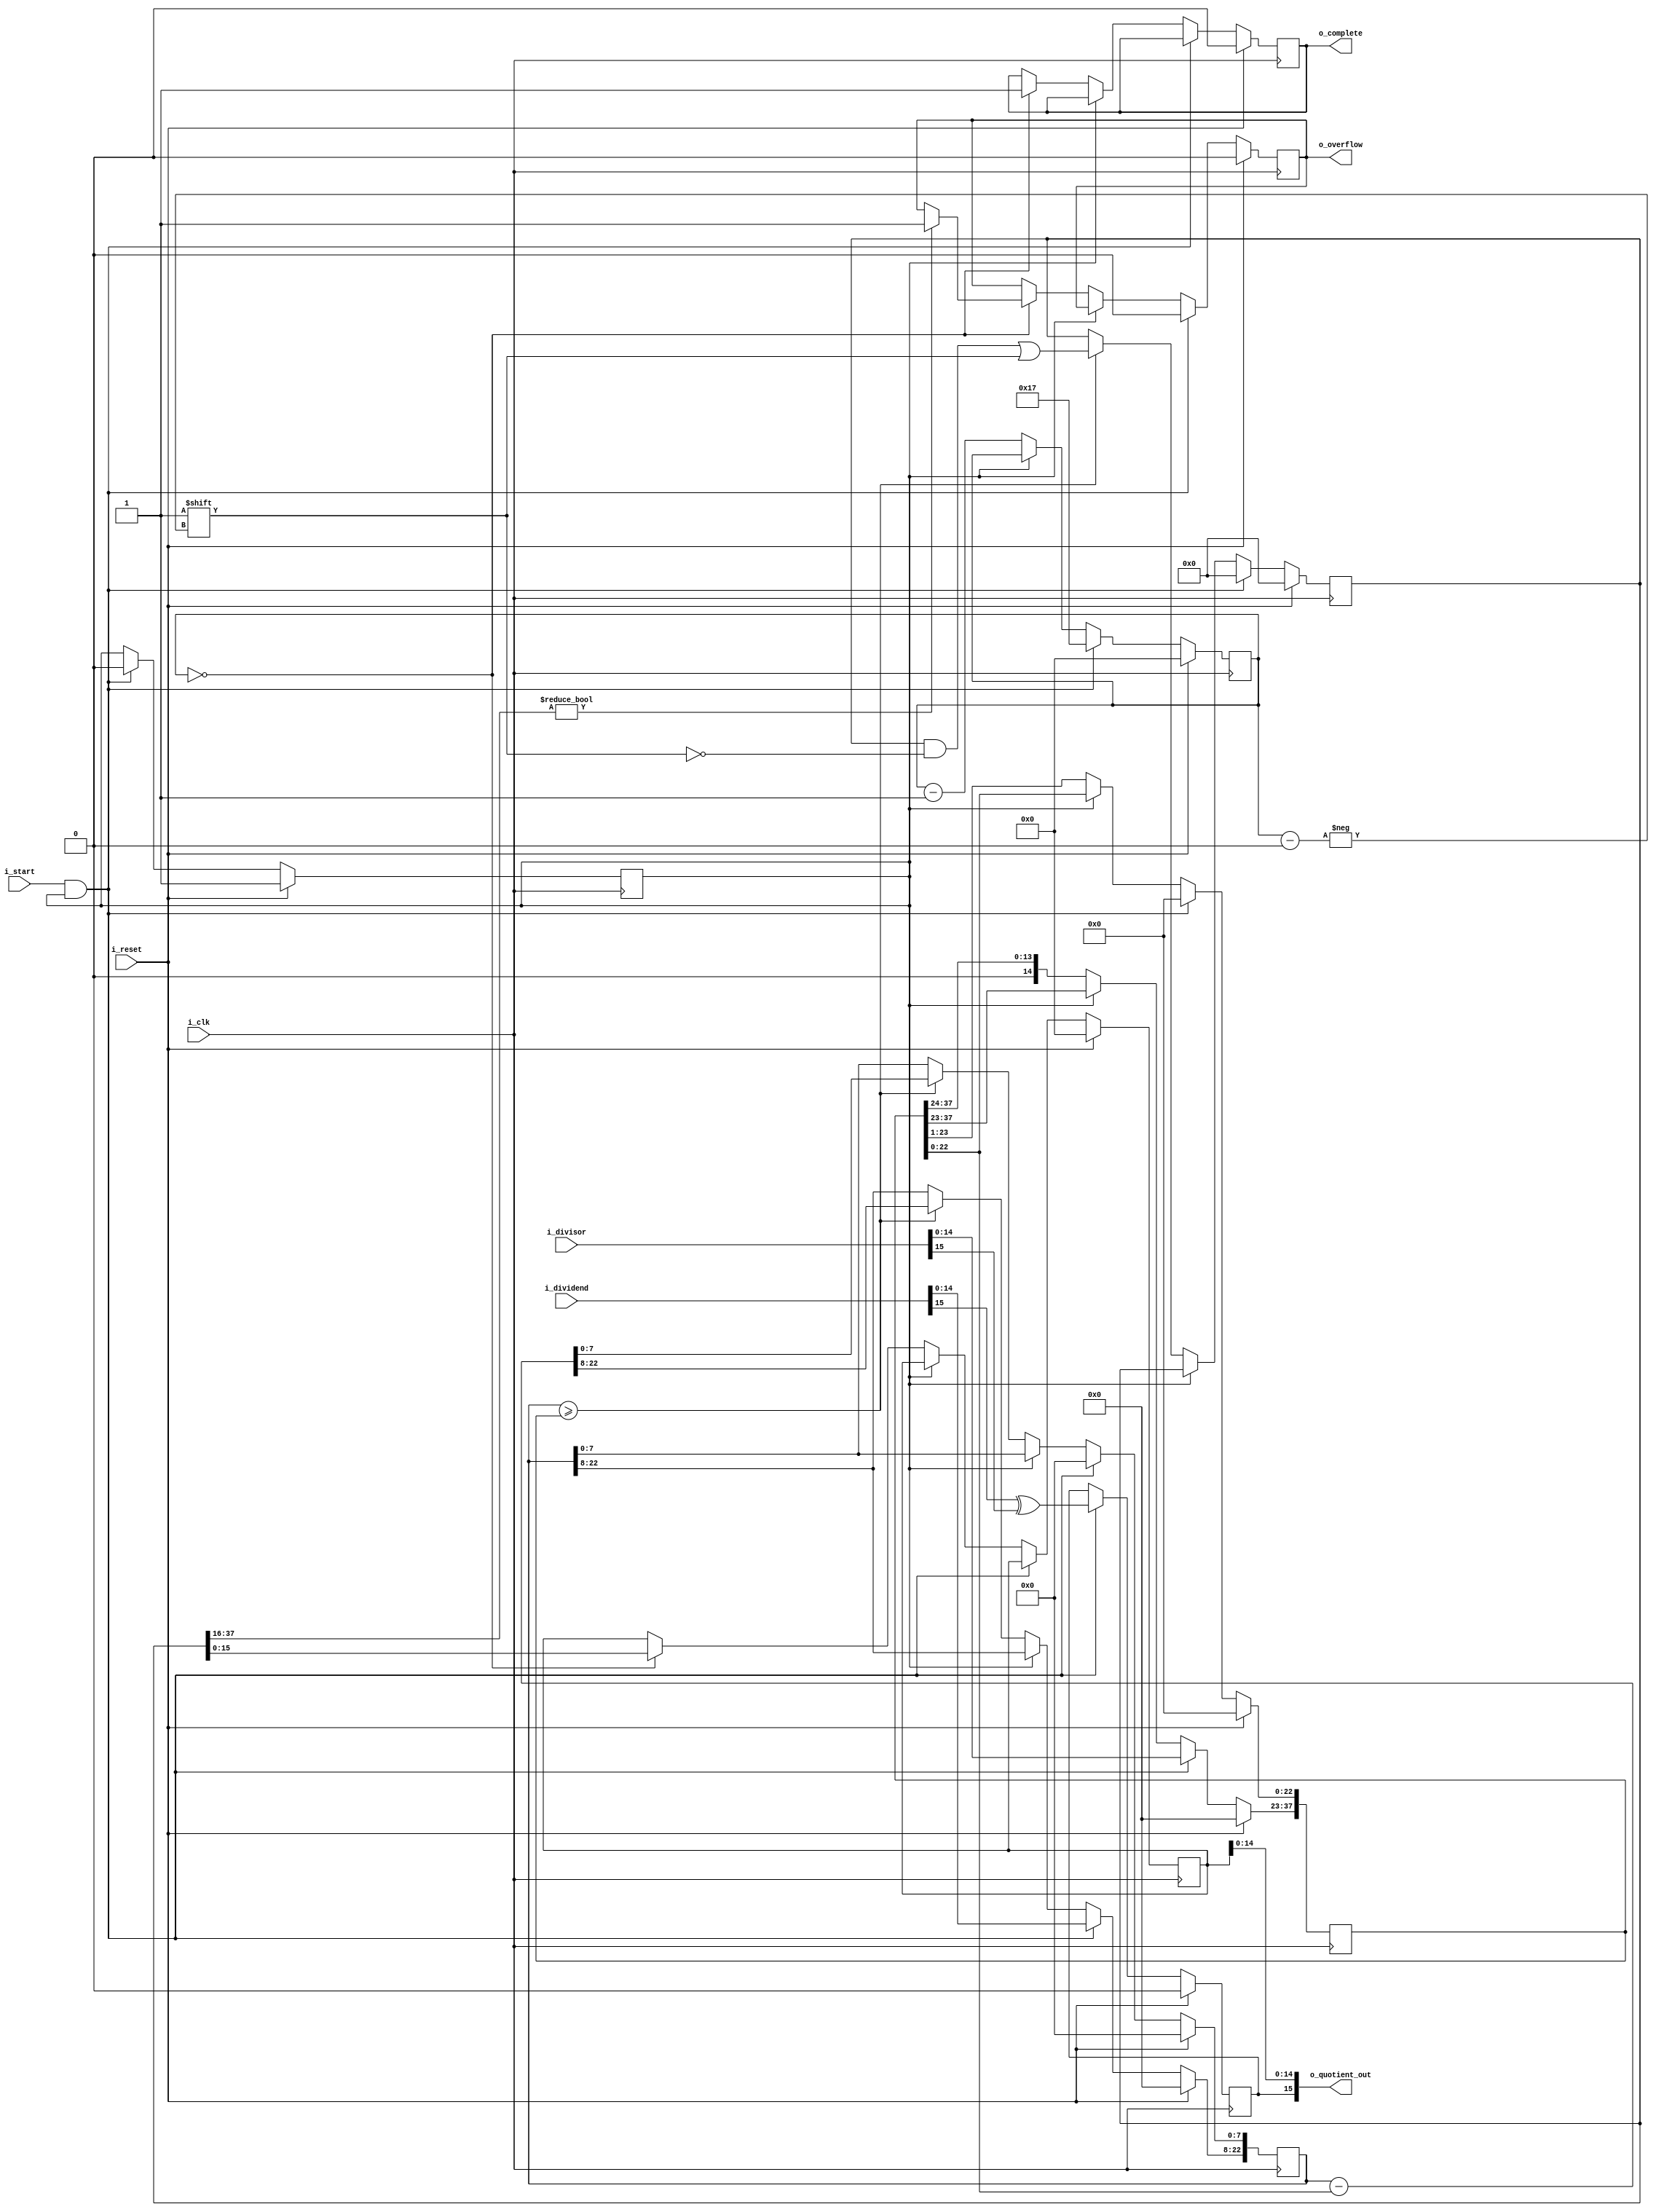
module qdiv #(
    // Parameterized values
    parameter Q = 8,
    parameter N = 16
)
(
    input [N-1:0] i_dividend,
    input [N-1:0] i_divisor,
    input i_start,
    input i_clk,
    input i_reset, // Reset signal
    output [N-1:0] o_quotient_out,
    output o_complete,
    output o_overflow
);

reg [2*N+Q-3:0] reg_working_quotient;
reg [N-1:0] reg_quotient;
reg [N-2+Q:0] reg_working_dividend;
reg [2*N+Q-3:0] reg_working_divisor;
reg [N-1:0] reg_count;

reg reg_done;
reg reg_start;
reg reg_sign;
reg reg_overflow;

assign o_quotient_out[N-2:0] = reg_quotient[N-2:0];
assign o_quotient_out[N-1] = reg_sign;
assign o_complete = reg_done;
//assign o_complete = reg_done==1? reg_done: o_complete;
assign o_overflow = reg_overflow;

always @(posedge i_clk) begin
    if (i_reset) begin
        // Initialize registers on reset
        reg_done <= 1'b0;
        reg_start <= 1'b1;
        reg_overflow <= 1'b0;
        reg_sign <= 1'b0;
        reg_working_quotient <= 0;
        reg_quotient <= 0;
        reg_working_dividend <= 0;
        reg_working_divisor <= 0;
        reg_count <= 0;
    end else begin
        if (i_start && reg_start) begin
            //reg_done <= 1'b0;
	    reg_start <= 1'b0;
            reg_count <= N+Q-1;
            reg_working_quotient <= 0;
            reg_working_dividend <= 0; // Shift left by 1 to align with divisor size
            reg_working_divisor <= 0;   // Shift left by 1 to align with dividend size
            reg_overflow<=1'b0;										

			  reg_working_dividend[N+Q-2:Q] <=  i_dividend[N-2:0];				
			  reg_working_divisor[2*N+Q-3:N+Q-1] <= i_divisor[N-2:0];	
            reg_sign <= i_dividend[N-1] ^ i_divisor[N-1];
        end 
        else if (~reg_start) begin
            reg_working_divisor <= reg_working_divisor >> 1;
            reg_count <= reg_count - 1;
            //reg_start<=1'b1;
            // If the dividend is greater than the divisor
            if (reg_working_dividend >= reg_working_divisor) begin
                reg_working_quotient[reg_count] <= 1'b1;
                reg_working_dividend <= reg_working_dividend - reg_working_divisor;
            end

            // Stop condition
            if (reg_count == 0) begin
                reg_done <= 1'b1;
                reg_quotient <= reg_working_quotient;
                if (reg_working_quotient[2*N+Q-3:N] != 0)
                    reg_overflow <= 1'b1;
            end else begin
				
        
		  reg_count <= reg_count - 1;	
     end
     end
    //else begin
   // reg_done <= reg_done;
   // reg_start <= reg_start;
  //  reg_overflow <= reg_overflow;
  //  reg_sign<= reg_sign;
  //  reg_working_quotient <= reg_working_quotient;
  //  reg_quotient <= reg_quotient;
  //  reg_working_dividend<= reg_working_dividend;
  //  reg_working_divisor<=reg_working_divisor;
  //  reg_count<=reg_count;
		  
    end
end

endmodule


//module qdiv #(
//	//Parameterized values
//	parameter Q = 8,
//	parameter N = 16
//	)
//	(
//	input 	[N-1:0] i_dividend,
//	input 	[N-1:0] i_divisor,
//	input 	i_start,
//	input 	i_clk,
//	output 	[N-1:0] o_quotient_out,
//	output 	o_complete,
//	output	o_overflow
//	);
// 
//	reg [2*N+Q-3:0]	reg_working_quotient;	
//	reg [N-1:0] 		reg_quotient;				
//	reg [N-2+Q:0] 		reg_working_dividend;	
//	reg [2*N+Q-3:0]	reg_working_divisor;		
// 
//	reg [N-1:0] 			reg_count; 		
//													
//										 
//	reg					reg_done;			
//	reg					reg_sign;			
//	reg					reg_overflow;		
// 
//	initial reg_done = 1'b1;				
//	initial reg_overflow = 1'b0;			
//	initial reg_sign = 1'b0;				
//
//	initial reg_working_quotient = 0;	
//	initial reg_quotient = 0;				
//	initial reg_working_dividend = 0;	
//	initial reg_working_divisor = 0;		
// 	initial reg_count = 0; 		
//
// 
//	assign o_quotient_out[N-2:0] = reg_quotient[N-2:0];	
//	assign o_quotient_out[N-1] = reg_sign;						
//	assign o_complete = reg_done;
//	assign o_overflow = reg_overflow;
// 
//	always @( posedge i_clk ) begin
//		if( reg_done && i_start ) begin										
//			
//			reg_done <= 1'b0;														
//			reg_count <= N+Q-1;											
//			reg_working_quotient <= 0;									
//			reg_working_dividend <= 0;									
//			reg_working_divisor <= 0;									
//			reg_overflow <= 1'b0;										
//
//			reg_working_dividend[N+Q-2:Q] <=  i_dividend[N-2:0];				
//			reg_working_divisor[2*N+Q-3:N+Q-1] <= i_divisor[N-2:0];	
//		//{{Q{1'b0}}	
//
//			reg_sign <= i_dividend[N-1] ^ i_divisor[N-1];		
//			end 
//		else if(!reg_done) begin
//			reg_working_divisor <= reg_working_divisor >> 1;	
//			reg_count <= reg_count - 1;								
//
//			//	If the dividend is greater than the divisor
//			if(reg_working_dividend >= reg_working_divisor) begin
//				reg_working_quotient[reg_count] <= 1'b1;										
//				reg_working_dividend <= reg_working_dividend - reg_working_divisor;	
//				end
// 
//			//stop condition
//			if(reg_count == 0) begin
//				reg_done <= 1'b1;										
//				reg_quotient <= reg_working_quotient;			
//				if (reg_working_quotient[2*N+Q-3:N]>0)
//					reg_overflow <= 1'b1;
//					end
//			else
//				reg_count <= reg_count - 1;	
//			end
//		end
//endmodule


//module Test_Div;
//
//// Inputs
//reg [15:0] i_dividend;
//reg [15:0] i_divisor;
//reg i_start;
//reg i_clk;
//reg i_reset;
//
//// Outputs
//wire [15:0] o_quotient_out;
//wire o_complete;
//wire o_overflow;
//
//// Instantiate the Unit Under Test (UUT)
//qdiv #(
//    .Q(8),
//    .N(16)
//) uut (
//    .i_dividend(i_dividend),
//    .i_divisor(i_divisor),
//    .i_start(i_start),
//    .i_clk(i_clk),
//    .o_quotient_out(o_quotient_out),
//    .o_complete(o_complete),
//    .o_overflow(o_overflow), .i_reset(i_reset)
//);
//
//// Clock generation
//always #5 i_clk = ~i_clk;
//
//// Monitor the output
//always @(posedge o_complete) begin
//    // Display the result when the division operation is complete
//    $display("%b / %b = %b, Overflow: %b", i_dividend, i_divisor, o_quotient_out, o_overflow);
//end
//
//// Initial block to set inputs and trigger division
//initial begin
//    // Initialize Inputs
//    i_dividend = 1; // Set dividend to 2
//    i_divisor = 4; // Set divisor to 6
//    i_start = 0;
//    i_clk = 0;
//    i_reset=1;
//    // Wait 100 ns for global reset to finish
//    #100;
//
//    // Trigger the division operation
//    i_start = 1;
//    i_reset = 0;
//    // Simulate for sufficient time
//    #1000;
//
//    // Finish simulation
//    $finish;
//end
//
//endmodule

//module Test_Div;
//
//	// Inputs
//	reg [31:0] i_dividend;
//	reg [31:0] i_divisor;
//	reg i_start;
//	reg i_clk;
//
//	// Outputs
//	wire [31:0] o_quotient_out;
//	wire o_complete;
//	wire o_overflow;
//
//	// Instantiate the Unit Under Test (UUT)
//	qdiv uut (
//		.i_dividend(i_dividend), 
//		.i_divisor(i_divisor), 
//		.i_start(i_start), 
//		.i_clk(i_clk), 
//		.o_quotient_out(o_quotient_out), 
//		.o_complete(o_complete), 
//		.o_overflow(o_overflow)
//	);
//
//	reg [10:0]	count;
//
//	initial begin
//		// Initialize Inputs
//		i_dividend = 1;
//		i_divisor = 1;
//		i_start = 0;
//		i_clk = 0;
//		
//		count <= 0;
//
//		// Wait 100 ns for global reset to finish
//		#100;
//
//		// Add stimulus here
//		forever #2 i_clk = ~i_clk;
//	end
//        
//		always @(posedge i_clk) begin
//			if (count == 47) begin
//				count <= 0;
//				i_start <= 1'b1;
//				end
//			else begin				
//				count <= count + 1;
//				i_start <= 1'b0;
//				end
//			end
//
//		always @(count) begin
//			if (count == 47) begin
//				if ( i_divisor > 32'h1FFFFFFF ) begin
//					i_divisor <= 1;
//					i_dividend = (i_dividend << 1) + 3;
//					end
//				else
//					i_divisor = (i_divisor << 1) + 1;
//				end
//			end
//			
//	always @(posedge o_complete)
//		$display ("%b,%b,%b, %b", i_dividend, i_divisor, o_quotient_out, o_overflow);		
//
//endmodule